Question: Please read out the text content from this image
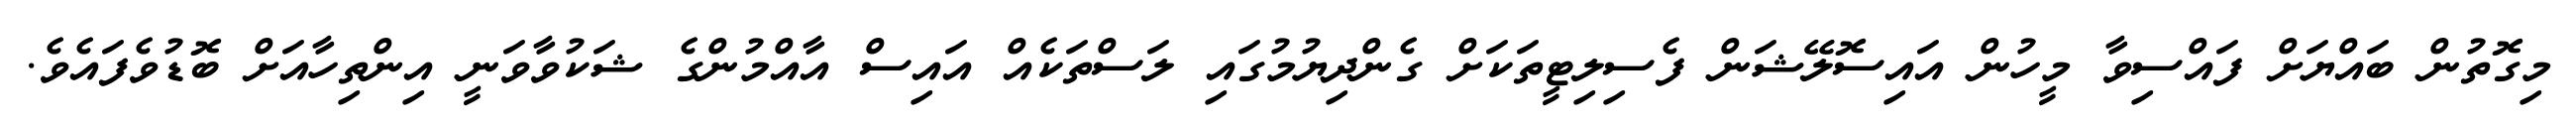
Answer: މިގޮތުން ބައްޔަށް ފައްސިވާ މީހުން އައިސޮލޭޝަން ފެސިލިޓީތަކަށް ގެންދިޔުމުގައި ލަސްތަކެއް އައިސް އާއްމުންގެ ޝަކުވާވަނީ އިންތިހާއަށް ބޮޑުވެފައެވެ.